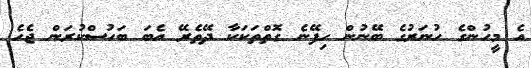
އެ މީހުންގެ ހުނަރުގެ ބޭނުން ހިފޭނެ ގޮތްތަކަކާ ދޭތެރޭ އެބަ ބަހުސްކުރަން ޖެެހެ